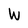
Character: W